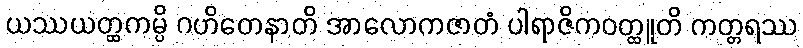
ယဿယတ္ထကမ္ပိ ဂဟိတေနာတိ အာလောကဇာတံ ပါရာဇိကဝတ္ထူတိ ကတ္တရဿ